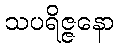
သပရိဇ္ဇနော